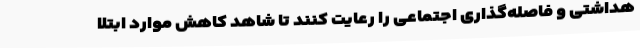
هداشتی و فاصله‌گذاری اجتماعی را رعایت کنند تا شاهد کاهش موارد ابتلا